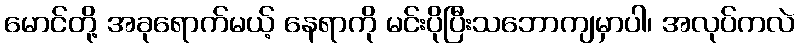
မောင်တို့ အခုရောက်မယ့် နေရာကို မင်းပိုပြီးသဘောကျမှာပါ၊ အလုပ်ကလဲ